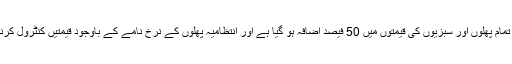
جس میں تربوز، خربوزہ، گرما شامل ہوتا ہے خریدار آصف نے بتایا کہ رمضان سے قبل ہی تمام پھلوں اور سبزیوں کی قیمتوں میں 50 فیصد اضافہ ہو گیا ہے اور انتظامیہ پھلوں کے نرخ نامے کے باوجود قیمتیں کنٹرول کرنے میں ناکام ہے پھلوں کی مارکیٹوں کے علاوہ شہریوں کو بچت بازاروں میں لوٹا جارہا ہے۔